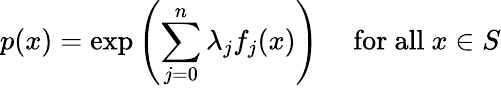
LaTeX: p(x)=\exp\left(\sum_{j=0}^{n}\lambda_{j}f_{j}(x)\right)\quad{\mathrm{~for~all~}}x\in S